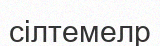
сілтемелр